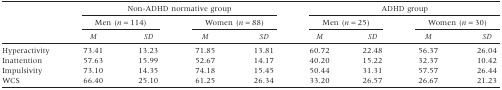
<table><thead><tr><td></td><td colspan="4"><b>Non-ADHD normative group</b></td><td colspan="4"><b>ADHD group</b></td></tr><tr><td></td><td colspan="2"><b>Men (<i>n</i> = 114)</b></td><td colspan="2"><b>Women (<i>n</i> = 88)</b></td><td colspan="2"><b>Men (<i>n</i> = 25)</b></td><td colspan="2"><b>Women (<i>n</i> = 30)</b></td></tr><tr><td></td><td><b><i>M</i></b></td><td><b><i>SD</i></b></td><td><b><i>M</i></b></td><td><b><i>SD</i></b></td><td><b><i>M</i></b></td><td><b><i>SD</i></b></td><td><b><i>M</i></b></td><td><b><i>SD</i></b></td></tr></thead><tbody><tr><td>Hyperactivity</td><td>73.41</td><td>13.23</td><td>71.85</td><td>13.81</td><td>60.72</td><td>22.48</td><td>56.37</td><td>26.04</td></tr><tr><td>Inattention</td><td>57.63</td><td>15.99</td><td>52.67</td><td>14.17</td><td>40.20</td><td>15.22</td><td>32.37</td><td>10.42</td></tr><tr><td>Impulsivity</td><td>73.10</td><td>14.35</td><td>74.18</td><td>15.45</td><td>50.44</td><td>31.31</td><td>57.57</td><td>26.44</td></tr><tr><td>WCS</td><td>66.40</td><td>25.10</td><td>61.25</td><td>26.34</td><td>33.20</td><td>26.57</td><td>26.67</td><td>21.23</td></tr></tbody></table>